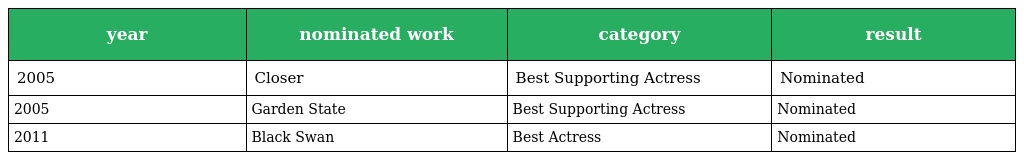
| year | nominated work | category | result |
 | --- | --- | --- | --- |
 | 2005 | Closer | Best Supporting Actress | Nominated |
 | 2005 | Garden State | Best Supporting Actress | Nominated |
 | 2011 | Black Swan | Best Actress | Nominated |